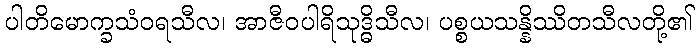
ပါတိမောက္ခသံဝရသီလ၊ အာဇီဝပါရိသုဒ္ဓိသီလ၊ ပစ္စယသန္နိဿိတသီလတို့၏